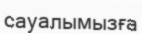
сауалымызға